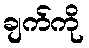
ချက်ကို